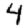
Digit: 4